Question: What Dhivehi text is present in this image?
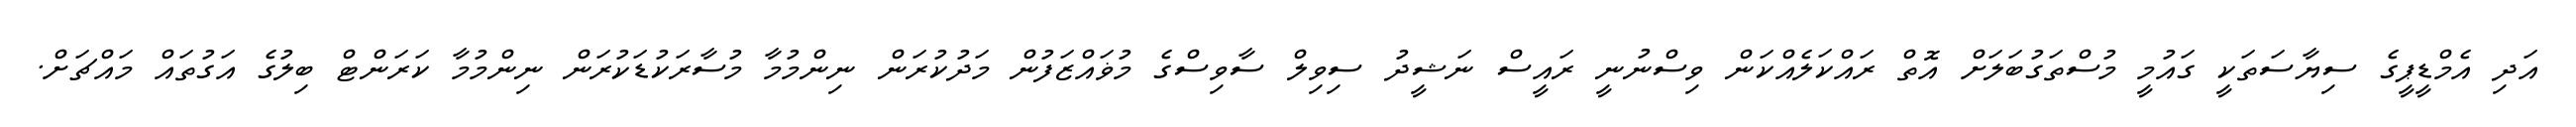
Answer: އަދި އެމްޑީޕީގެ ސިޔާސަތަކީ ގައުމީ މުސްތަގުބަލަށް އޮތް ރައްކަލެއްކަން ވިސްނުނީ ރައީސް ނަޝީދު ސިވިލް ސާވިސްގެ މުޥައްޒަފުން މަދުކުރަން ނިންމުމާ މުސާރަކުޑަކުރަން ނިންމުމާ ކަރަންޓް ބިލުގެ އަގުތައް މައްޗަށް.